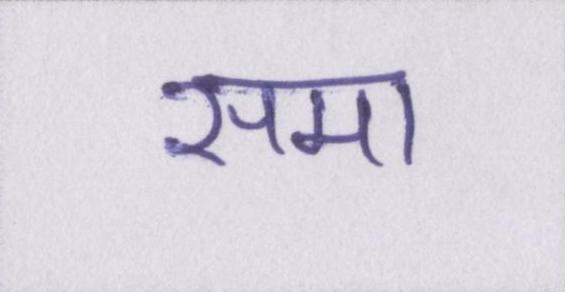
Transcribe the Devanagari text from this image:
समा